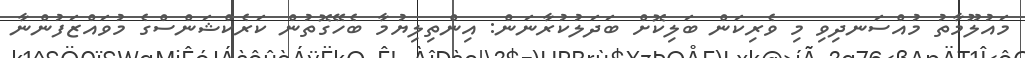
މައުލޫމާތު މުއްސަނދިވި މި ވެރިކަން ބަލިކޮށް ބަދަލުކުރާނަން: އިންތިލިޔުމާ ބެހޭގޮތުން ކަރެކްޝަންސްގެ މުވައްޒަފުންނާ